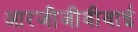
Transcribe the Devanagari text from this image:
आरजीजीवीवाई